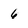
Character: 6